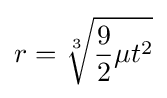
r={\sqrt[{3}]{{\frac {9}{2}}\mu t^{2}}}